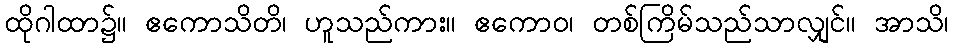
ထိုဂါထာ၌။ ဧကောသိတိ၊ ဟူသည်ကား။ ဧကောဝ၊ တစ်ကြိမ်သည်သာလျှင်။ အာသိ၊